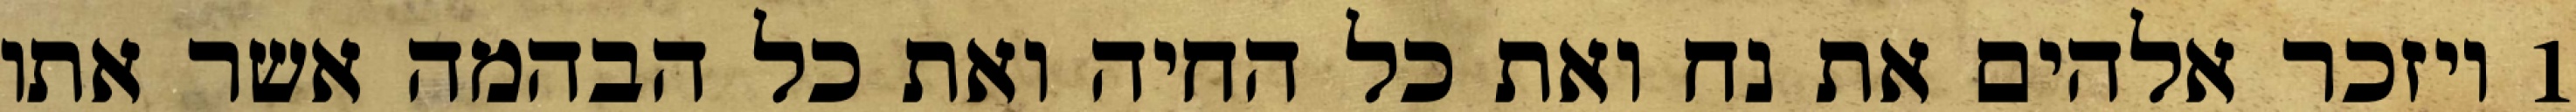
1 ויזכר אלהים את נח ואת כל החיה ואת כל הבהמה אשר אתו